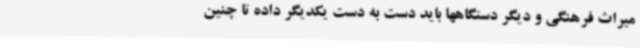
میراث فرهنگی و دیگر دستگاهها باید دست به دست یکدیگر داده تا چنین